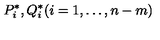
{ P } _ { i } ^ { \ast } , { Q } _ { i } ^ { \ast } ( i = 1 , \dots , n - m )